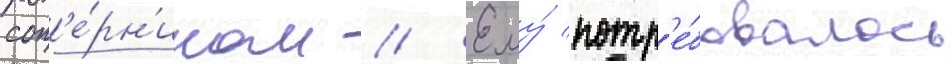
соп'е́рн'иком // Ему́ потр'е́бовалось